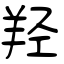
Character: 羟